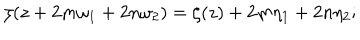
LaTeX: \zeta ( z + 2 m \omega _ { 1 } + 2 n \omega _ { 2 } ) = \zeta ( z ) + 2 m \eta _ { 1 } + 2 n \eta _ { 2 } ;